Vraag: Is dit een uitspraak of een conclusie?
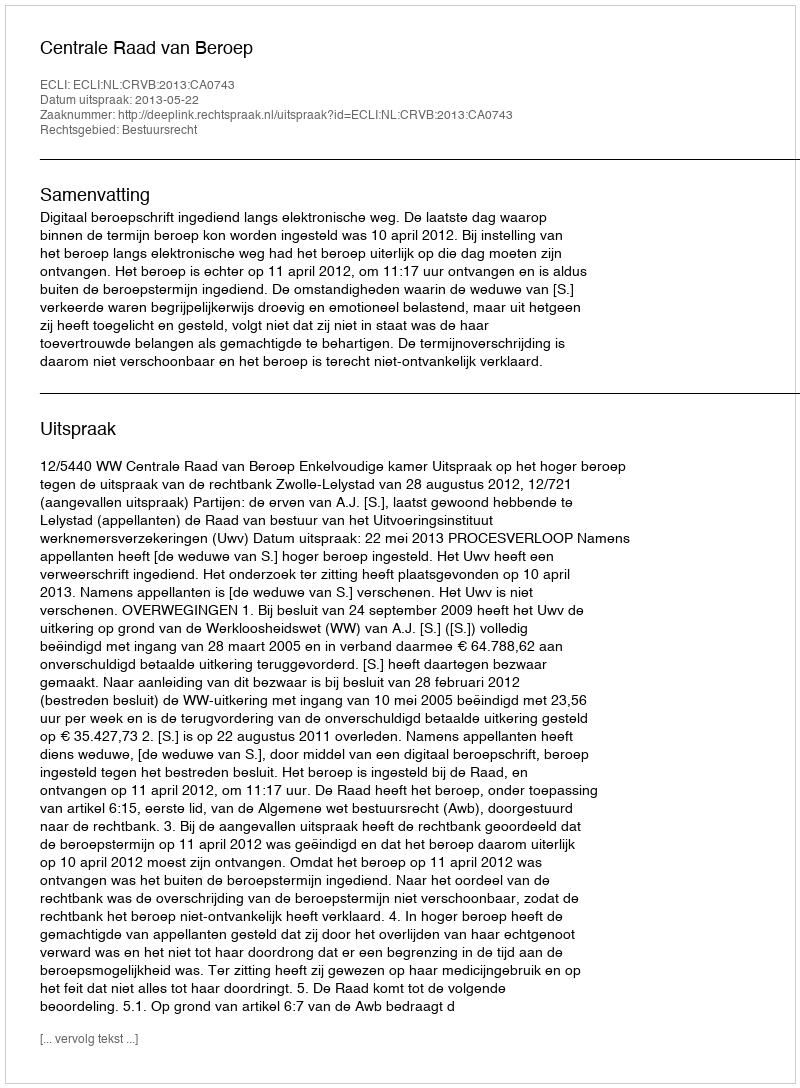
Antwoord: Uitspraak